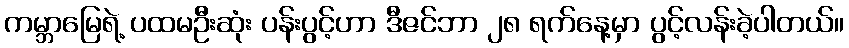
ကမ္ဘာမြေရဲ့ ပထမဦးဆုံး ပန်းပွင့်ဟာ ဒီဇင်ဘာ ၂၈ ရက်နေ့မှာ ပွင့်လန်းခဲ့ပါတယ်။